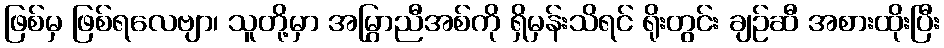
ဖြစ်မှ ဖြစ်ရလေဗျာ၊ သူတို့မှာ အမြွှာညီအစ်ကို ရှိမှန်းသိရင် ရိုးတွင်း ချဉ်ဆီ အစားထိုးပြီး